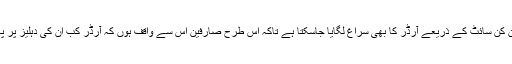
اس حیران کن سائٹ کے ذریعے آرڈر کا بھی سراغ لگایا جاسکتا ہے تاکہ اس طرح صارفین اس سے واقف ہوں کہ آرڈر کب ان کی دہلیز پر پہنچے گا۔